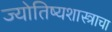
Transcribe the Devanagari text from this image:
ज्योतिष्यशास्त्राचा